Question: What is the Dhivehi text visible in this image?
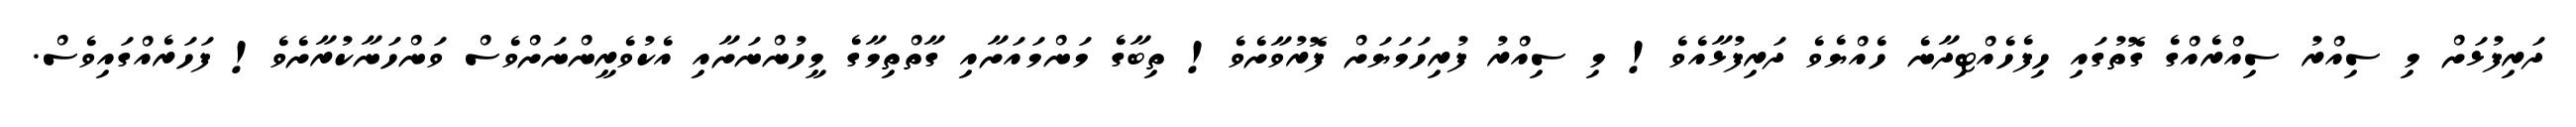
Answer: ދަރިފުޅަށް މި ސިއްރު ސިއްރެއްގެ ގޮތުގައި ހިފެހެއްޓިދާނެ ހެއްޔެވެ ދަރިފުޅާއެވެ! މި ސިއްރު ފުރިހަމަޔަށް ފޮރުވާށެވެ! ތިބާގެ މަންމައަށާއި ގާތްތިމާގެ މީހުންނަށާއި އެކުވެރީންނަށްވެސް ވަންހަނާކުރާށެވެ! ފަހަރެއްގައިވެސް.